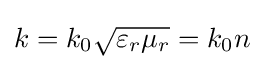
k=k_{0}{\sqrt {\varepsilon _{r}\mu _{r}}}=k_{0}n